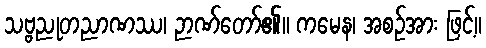
သဗ္ဗညုတညာဏဿ၊ ဉာဏ်တော်၏။ ကမေန၊ အစဉ်အား ဖြင့်။